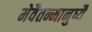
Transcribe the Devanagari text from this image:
मेवैतन्मानुष्यै